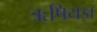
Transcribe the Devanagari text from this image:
ऋषियज्ञ